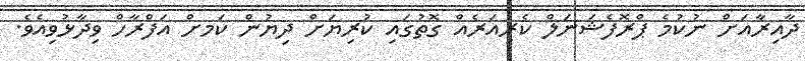
ދާއިރާއަށް ނުކުމެ ޕްރޮފެޝަނަލް ކެރިއަރެއް ގޮތުގައި ކުރިޔަށް ދިޔުން ކަަމށް އަފްރާހް ވިދާޅުވިއެވެ.